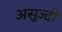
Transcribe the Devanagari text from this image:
असुज्दी